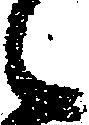
候